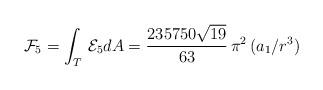
LaTeX: \begin{align*}{\cal F}_{5}=\int_{T}\, {\cal E}_{5} dA=\frac{235750 \sqrt{19}}{63}\, \pi^2\, (a_{1}/r^3)\end{align*}